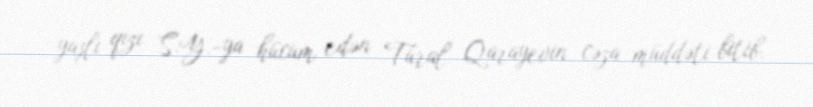
yaşlı qızı S.Y.-ya hücum edən Tural Qarayevin cəza müddəti bitib.